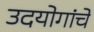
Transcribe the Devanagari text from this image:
उदयोगांचे